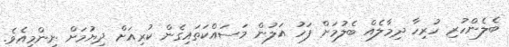
ބެލެންހުރި ހުރިހާ ދިމާލެއް ބެލުމަށް ފަހު އަލުން މަސައްކަތައިގެން ކުރިއަށް ދިޔުމަށް ނިންމިއެވެ.